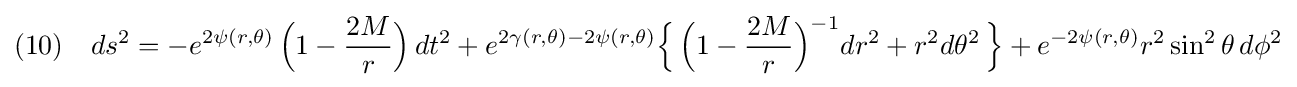
(10)\quad ds^{2}=-e^{2\psi (r,\theta )}\,{\Big (}1-{\frac {2M}{r}}{\Big )}\,dt^{2}+e^{2\gamma (r,\theta )-2\psi (r,\theta )}{\Big \{}\,{\Big (}1-{\frac {2M}{r}}{\Big )}^{-1}dr^{2}+r^{2}d\theta ^{2}\,{\Big \}}+e^{-2\psi (r,\theta )}r^{2}\sin ^{2}\theta \,d\phi ^{2}